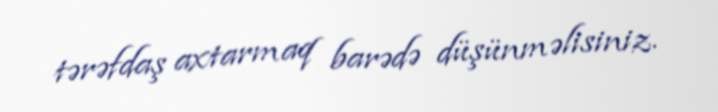
tərəfdaş axtarmaq barədə düşünməlisiniz.